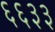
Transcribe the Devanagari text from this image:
६६३३